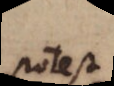
potest